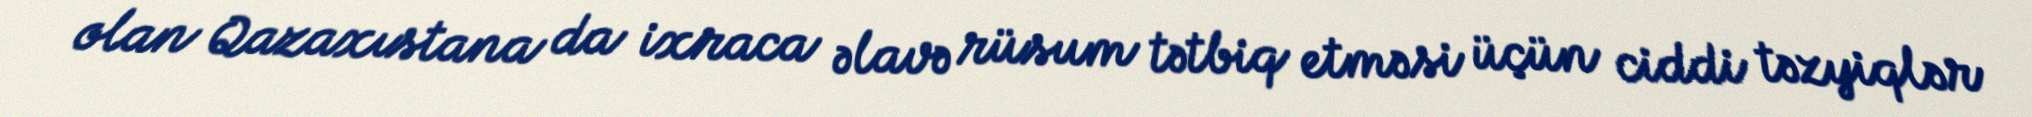
olan Qazaxıstana da ixraca əlavə rüsum tətbiq etməsi üçün ciddi təzyiqlər